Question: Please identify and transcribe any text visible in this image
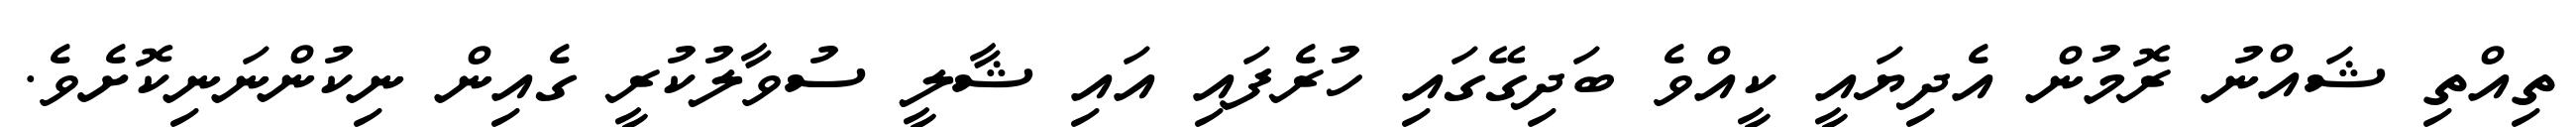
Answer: ތިއްތި ޝައްނު ރޮމުން އެދިޔައީ ކީއްވެ ބަދިގޭގައި ހުރެފައި އައި ޝާލީ ސުވާލުކުރީ ގެއިން ނިކުންނަނިކޮށެވެ.